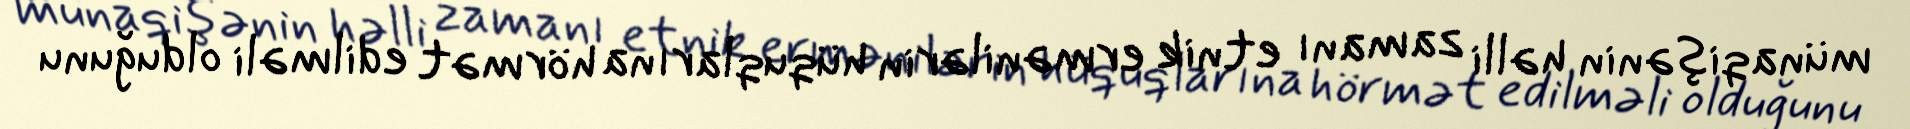
münaqişənin həlli zamanı etnik ermənilərin hüquqlarına hörmət edilməli olduğunu